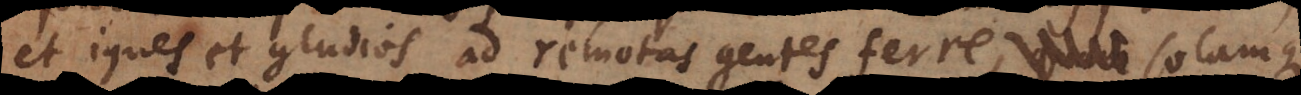
et ignes et gladios ad remotas gentes ferre, solamque